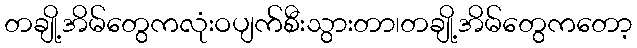
တချို့အိမ်တွေကလုံးဝပျက်စီးသွားတာ၊တချို့အိမ်တွေကတော့